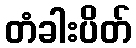
တံခါးပိတ်